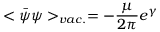
< \bar { \psi } \psi > _ { v a c . } = - \frac { \mu } { 2 \pi } e ^ { \gamma }